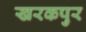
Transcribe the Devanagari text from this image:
खरकपुर